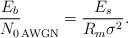
LaTeX: \begin{align*}\frac{E_b}{N_0}_{\mathrm{AWGN}} = \frac{E_s}{R_m\sigma^2}.\end{align*}